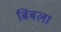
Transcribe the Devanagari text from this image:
बिंबला